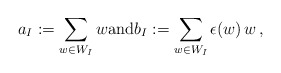
\begin{align*}a_I := \sum_{w\in W_I} w \textrm{and}b_I := \sum_{w\in W_I} \epsilon(w)\, w\,,\end{align*}